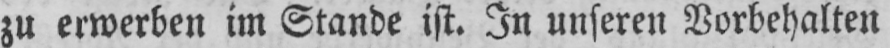
zu erwerben im Stande ist. In unseren Vorbehalten